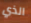
الذي